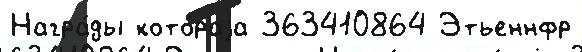
Награ́ды кото́раjа 363410864 Этьеннфр